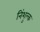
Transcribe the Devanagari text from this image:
निंशुल्क